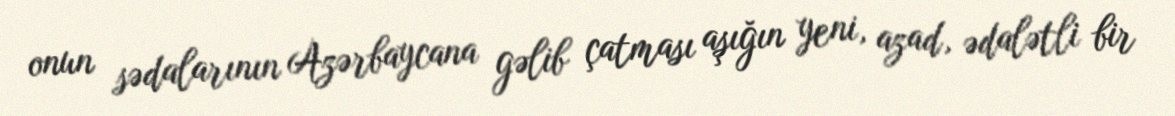
onun sədalarının Azərbaycana gəlib çatması aşığın yeni, azad, ədalətli bir